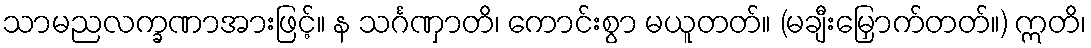
သာမညလက္ခဏာအားဖြင့်။ န သင်္ဂဏှာတိ၊ ကောင်းစွာ မယူတတ်။ (မချီးမြှောက်တတ်။) ဣတိ၊